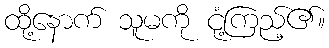
ထို့နောက် သူမကို ငုံ့ကြည့်၏။